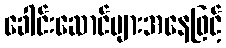
ခေါင်းဆောင်များအနေဖြင့်